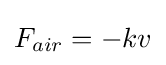
F_{air}=-kv